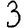
Digit: 3